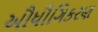
ઔધૌગિકરણ